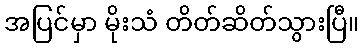
အပြင်မှာ မိုးသံ တိတ်ဆိတ်သွားပြီ။